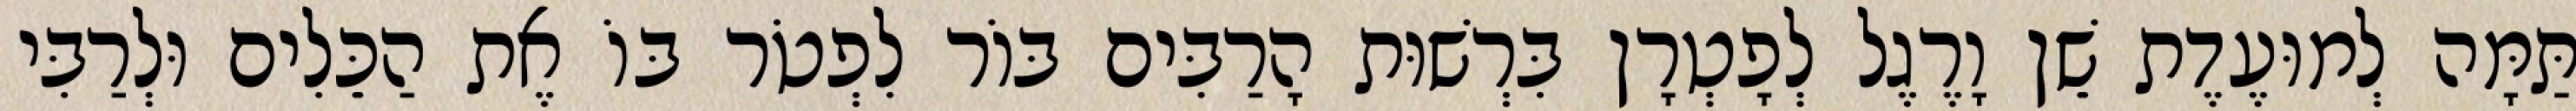
תַּמָּה לְמוּעֶדֶת שֵׁן וָרֶגֶל לְפָטְרָן בִּרְשׁוּת הָרַבִּים בּוֹר לִפְטֹר בּוֹ אֶת הַכֵּלִים וּלְרַבִּי